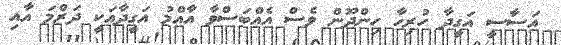
އަސާސީ އަގީދާ ހުރިހާ ހިންދޫން ވެސް އެއްބަސްވާ އާއްމު އަގީދާއަކީ ދަރްމަ އާއި